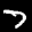
Label: 7